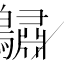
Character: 𪆭